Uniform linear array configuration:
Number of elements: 8
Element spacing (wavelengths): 1
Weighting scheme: binomial
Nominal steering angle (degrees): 45
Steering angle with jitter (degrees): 46.819
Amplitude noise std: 0.05
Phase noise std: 0.05

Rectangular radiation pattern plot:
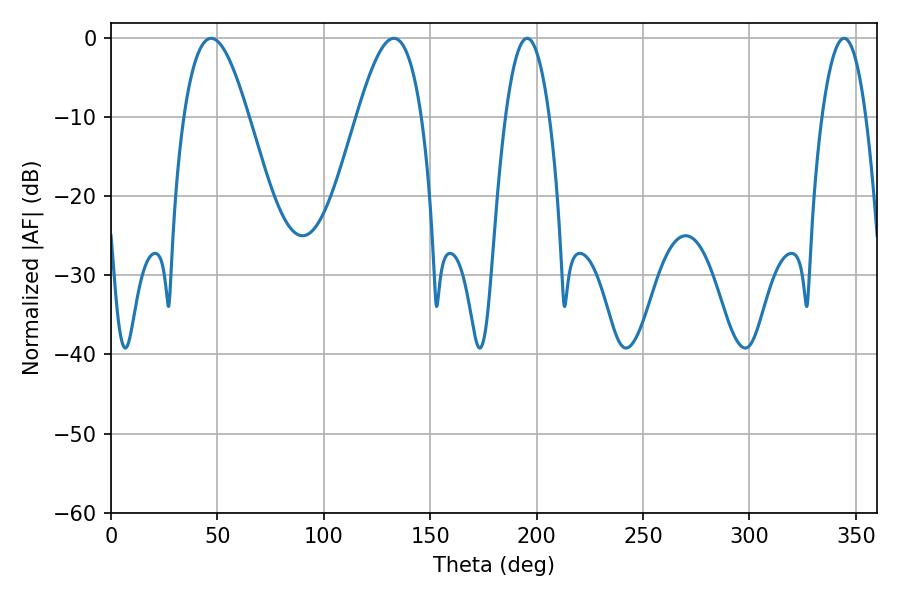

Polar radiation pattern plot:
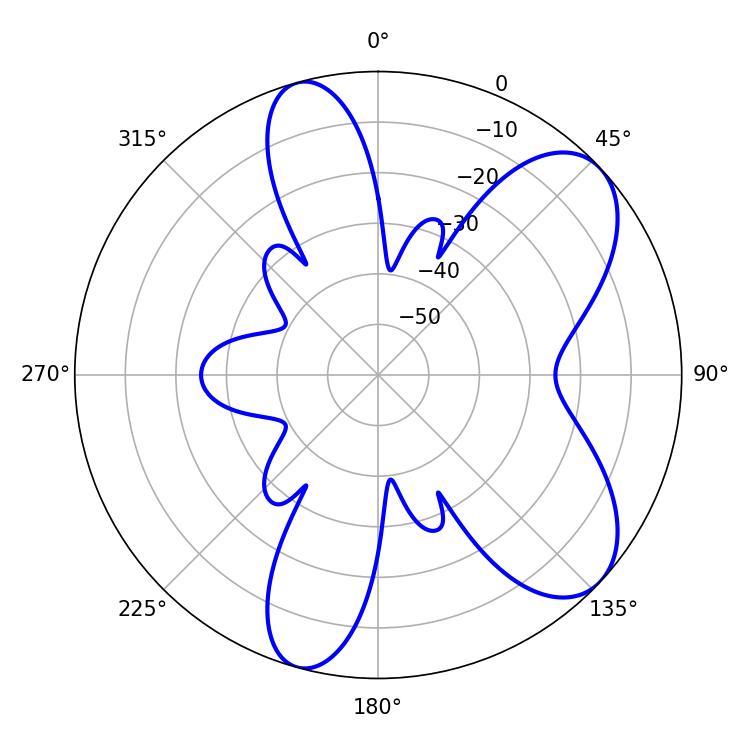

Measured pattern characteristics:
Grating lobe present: TRUE
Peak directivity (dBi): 7.548
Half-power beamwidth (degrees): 11.34
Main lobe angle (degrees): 344.52